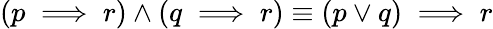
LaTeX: (p\implies r)\wedge(q\implies r)\equiv(p\vee q)\implies r